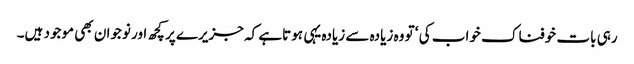
رہی بات خوفناک خواب کی ‘ تو وہ زیادہ سے زیادہ یہی ہوتاہے کہ جزیرے پر کچھ اور نوجوان بھی موجود ہیں۔